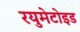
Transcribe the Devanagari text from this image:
रयुमेटोइड